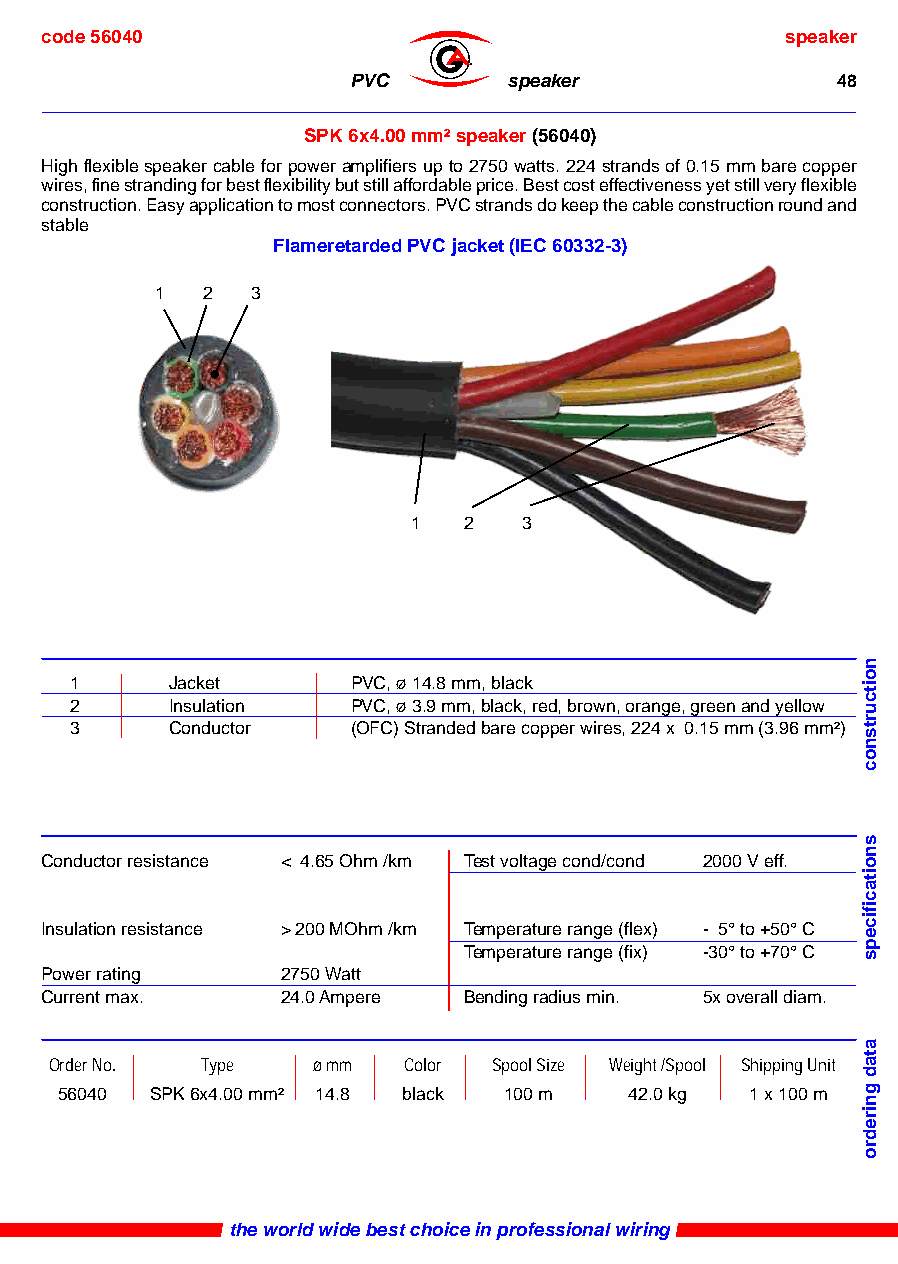
code 56040                                       speaker
 ®
 PVC        speaker              48
 SPK 6x4.00 mm² speaker (56040)
 High flexible speaker cable for power amplifiers up to 2750 watts. 224 strands of 0.15 mm bare copper
 wires, fine stranding for best flexibility but still affordable price. Best cost effectiveness yet still very flexible
 construction. Easy application to most connectors. PVC strands do keep the cable construction round and
 stable
 Flameretarded PVC jacket (IEC 60332-3)
 1  2   3
 1   2   3
 1     Jacket      PVC, ø 14.8 mm, black
 2     Insulation  PVC, ø 3.9 mm, black, red, brown, orange, green and yellow
 3     Conductor   (OFC) Stranded bare copper wires, 224 x 0.15 mm (3.96 mm²)
 Conductor resistance < 4.65 Ohm /km Test voltage cond/cond 2000 V eff.
 Insulation resistance > 200 MOhm /km Temperature range (flex) - 5° to +50° C
 Temperature range (fix) -30° to +70° C
 Power rating    2750 Watt
 Current max.    24.0 Ampere Bending radius min. 5x overall diam.
 Order No. Type    ø mm  Color Spool Size Weight /Spool Shipping Unit
 56040 SPK 6x4.00 mm² 14.8 black 100 m 42.0 kg 1 x 100 m
 the world wide best choice in professional wiring
 noitcurtsnoc
 snoitacificeps
 atad
 gniredro